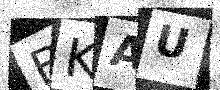
Text: BKAU